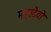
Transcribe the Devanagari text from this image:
महादेवो